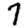
Digit: 7